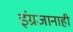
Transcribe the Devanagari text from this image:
इंग्रजानाही